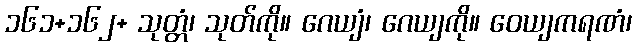
၁၆၁+၁၆၂+ သုတ္တံ၊ သုတ်ကို။ ဂေယျံ၊ ဂေယျကို။ ဝေယျကရဏံ၊